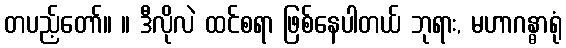
တပည့်တော်။ ။ ဒီလိုလဲ ထင်စရာ ဖြစ်နေပါတယ် ဘုရား, မဟာဂန္ဓာရုံ